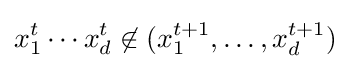
x_{1}^{t}\cdots x_{d}^{t}\not \in (x_{1}^{t+1},\dots ,x_{d}^{t+1})